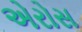
એરોસ